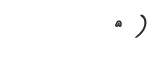
٢ )